Enquiry on enteric fever in India - Number 32
Disease focus: Fever
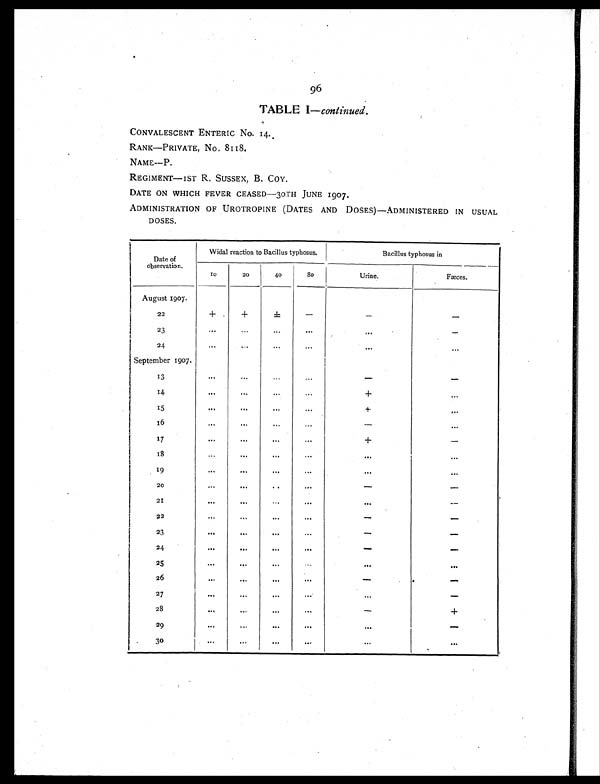
96
TABLE I—continued.
CONVALESCENT ENTERIC No. 14.
RANK—PRIVATE, No. 8118.
NAME—P.
REGIMENT—1ST R. SUSSEX, B. COY.
DATE ON WHICH FEVER CEASED—30TH JUNE 1907.
ADMINISTRATION OF UROTROPINE (DATES AND DOSES)—ADMINISTERED IN USUAL
DOSES.
Date of
observation.
Widal reaction to Bacillus typhosus.
Bacillus typhosus in
10
20
40
80
Urine.
Fæces.
August 1907.
22
+
+ ±
-
-
-
23
. . .
...
...
. . .
. . .
-
24
... ... ... ... ... ...
September 1907.
13
... ... ... ...
-
-
14
...
...
...
...
+
...
15
... ... ... ...
+
...
16
... ... ... ...
-
...
17
... ... ... ...
+
-
18
... ... ... ... ... ...
19
... ... ... ... ... ...
2 0
... ... ... ...
-
-
21
...
...
...
... ...
-
22
... ... ... ...
-
-
23
... ... ... ... ... ...
24
... ... ... ...
-
-
25
... ... ... ... ... ...
26
... ... ... ...
-
-...
27
... ... ... ... ...
-
28
... ... ... ...
-
+
29
... ...
...
... ...
-
3 0
... ... ... ... ... ...